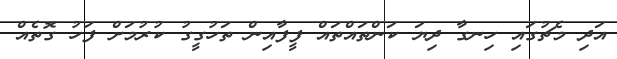
އަދި މެޗުގައި ހިނގާ ދިޔަ ކަންތައްތައް ފީފާއިން ތަހުގީގު ކުރުމަށް ފަހު ގޮތެއް